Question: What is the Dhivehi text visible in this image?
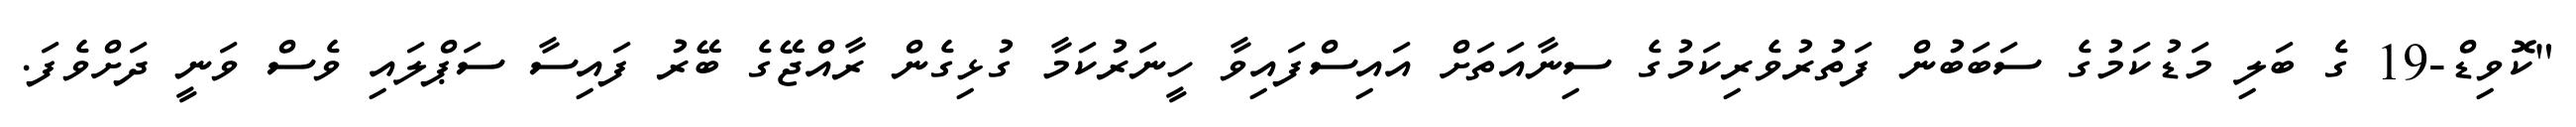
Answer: "ކޮވިޑް-19 ގެ ބަލި މަޑުކަމުގެ ސަބަބުން ފަތުރުވެރިކަމުގެ ސިނާއަތަށް އައިސްފައިވާ ހީނަރުކަމާ ގުޅިގެން ރާއްޖޭގެ ބޭރު ފައިސާ ސަޕްލައި ވެސް ވަނީ ދަށްވެފަ.